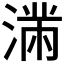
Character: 𱧽